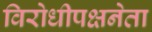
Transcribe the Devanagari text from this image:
विरोधीपक्षनेता